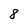
Character: 8